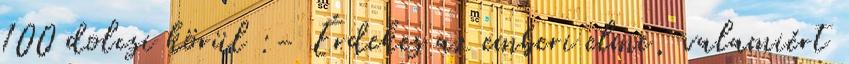
100 dolcsi körül :- Érdekes az emberi elme, valamiért